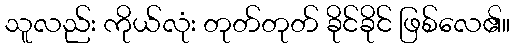
သူလည်း ကိုယ်လုံး တုတ်တုတ် ခိုင်ခိုင် ဖြစ်လေ၏။